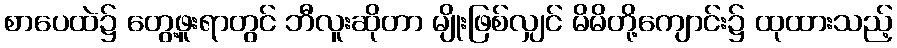
စာပေထဲ၌ တွေ့ဖူးရာတွင် ဘီလူးဆိုတာ မျိုးဖြစ်လျှင် မိမိတို့ကျောင်း၌ ထုထားသည့်